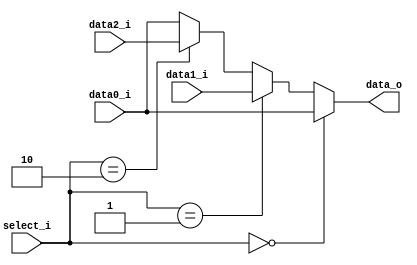
module MUX32_3
(
    data0_i, data1_i, data2_i,
    select_i,
    data_o
);

/* Ports */
input       [31:0]  data0_i, data1_i, data2_i;
input       [1:0]   select_i;
output  reg [31:0]  data_o;

always @(*) begin
    if (select_i == 2'b00)
        data_o <= data0_i;
    else if (select_i == 2'b01)
        data_o <= data1_i;
    else if (select_i == 2'b10)
        data_o <= data2_i;
    else
        data_o <= data0_i;
end


endmodule